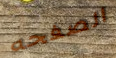
الصفحه